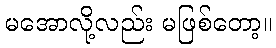
မအောလို့လည်း မဖြစ်တော့။